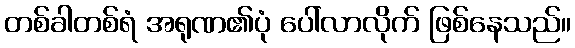
တစ်ခါတစ်ရံ အရုဏ၏ပုံ ပေါ်လာလိုက် ဖြစ်နေသည်။